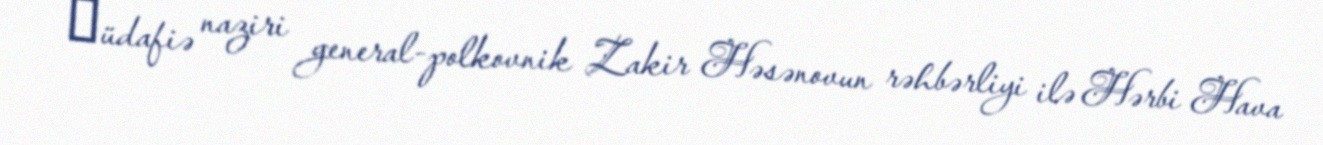
Мüdafiə naziri general-polkovnik Zakir Həsənovun rəhbərliyi ilə Hərbi Hava